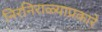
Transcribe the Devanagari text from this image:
निरनिराळ्याप्रकारे